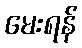
မေးရန်